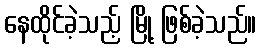
နေထိုင်ခဲ့သည့် မြို့ ဖြစ်ခဲ့သည်။